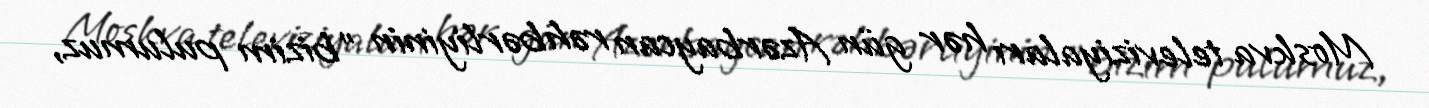
Moskva televiziyaları hər gün Azərbaycan rəhbərliyinin ”bizim pulumuz,